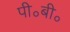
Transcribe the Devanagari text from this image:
पी॰बी॰